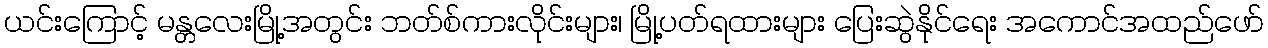
ယင်းကြောင့် မန္တလေးမြို့အတွင်း ဘတ်စ်ကားလိုင်းများ၊ မြို့ပတ်ရထားများ ပြေးဆွဲနိုင်ရေး အကောင်အထည်ဖော်